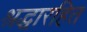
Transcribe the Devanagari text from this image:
श्रद्धारहित